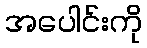
အပေါင်းကို